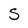
Character: S